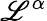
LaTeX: \mathscr{L}^{\alpha}